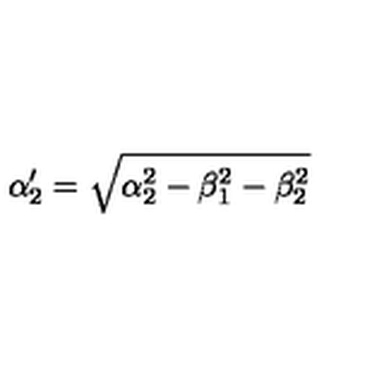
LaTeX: \alpha _ { 2 } ^ { \prime } = \sqrt { \alpha _ { 2 } ^ { 2 } - \beta _ { 1 } ^ { 2 } - \beta _ { 2 } ^ { 2 } }